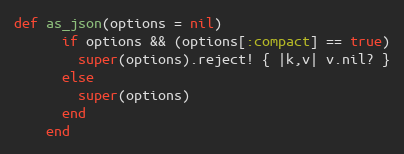
Language: Ruby
def as_json(options = nil)
      if options && (options[:compact] == true)
        super(options).reject! { |k,v| v.nil? }
      else
        super(options)
      end
    end